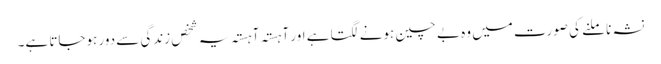
نشہ نا ملنے کی صورت میں وہ بے چین ہونے لگتا ہے اور آہستہ آہستہ یہ شخص زندگی سے دور ہوجاتا ہے۔